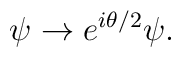
\psi \rightarrow e^{i \theta/2} \psi.